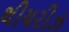
થીયરીઝ